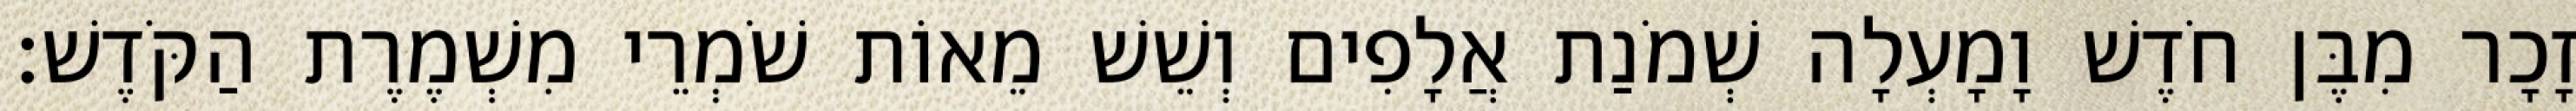
זָכָר מִבֶּן חֹדֶשׁ וָמָעְלָה שְׁמֹנַת אֲלָפִים וְשֵׁשׁ מֵאוֹת שֹׁמְרֵי מִשְׁמֶרֶת הַקֹּדֶשׁ׃